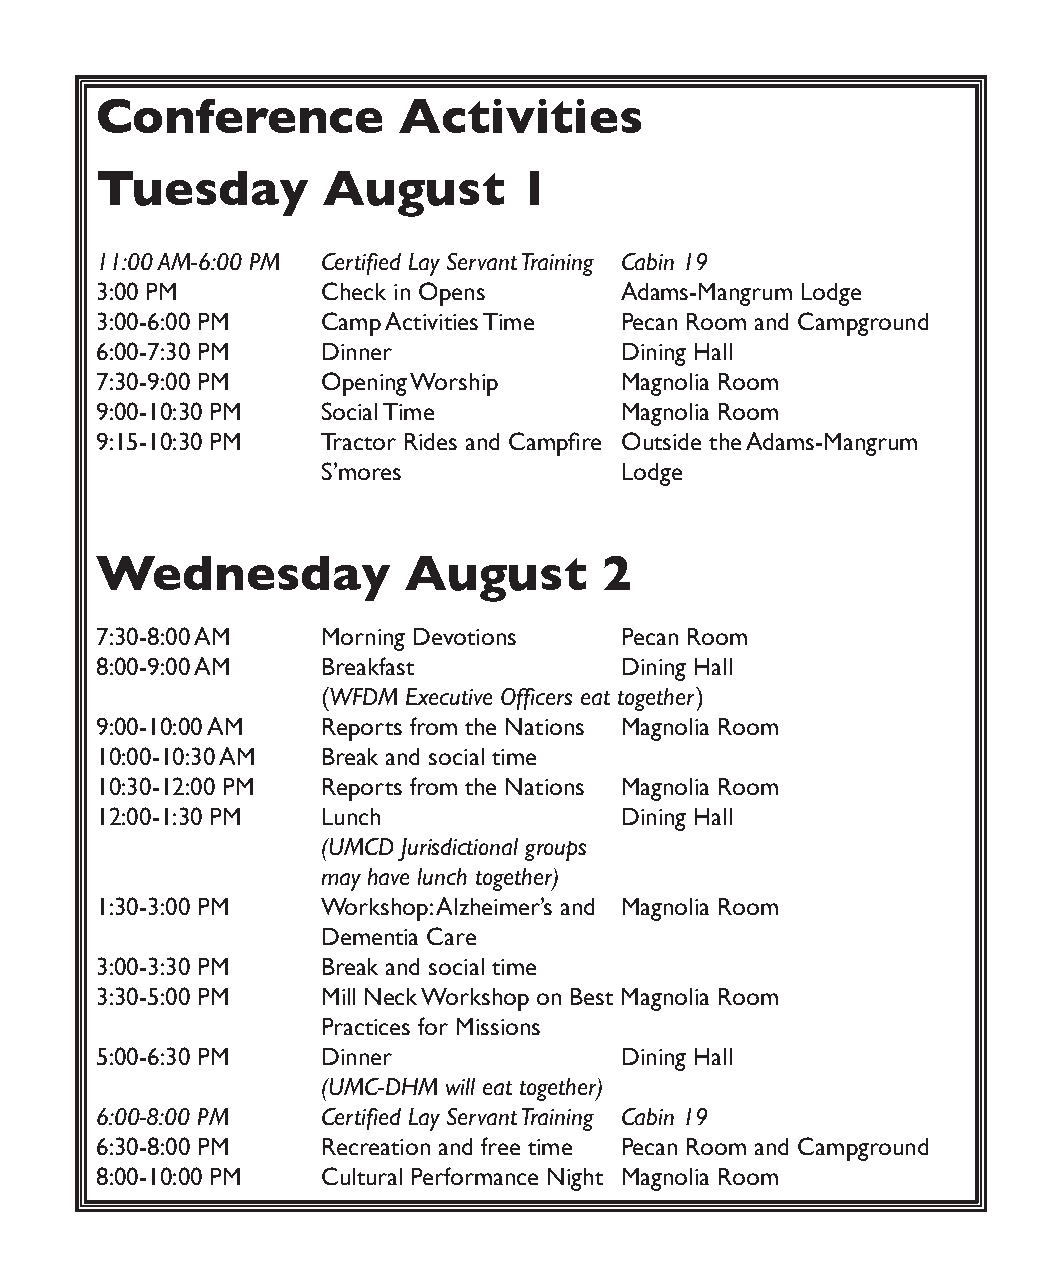
Conference          Activities
 Tuesday        August       1
 11:00 AM-6:00 PM Certified Lay Servant Training Cabin 19
 3:00 PM        Check in Opens      Adams-Mangrum Lodge
 3:00-6:00 PM   Camp Activities Time Pecan Room and Campground
 6:00-7:30 PM   Dinner              Dining Hall
 7:30-9:00 PM   Opening Worship     Magnolia Room
 9:00-10:30 PM  Social Time         Magnolia Room
 9:15-10:30 PM  Tractor Rides and Campfire Outside the Adams-Mangrum
 S’mores             Lodge
 Wednesday            August       2
 7:30-8:00 AM   Morning Devotions   Pecan Room
 8:00-9:00 AM   Breakfast           Dining Hall
 (WFDM Executive Officers eat together )
 9:00-10:00 AM  Reports from the Nations Magnolia Room
 10:00-10:30 AM Break and social time
 10:30-12:00 PM Reports from the Nations Magnolia Room
 12:00-1:30 PM  Lunch               Dining Hall
 (UMCD Jurisdictional groups
 may have lunch together)
 1:30-3:00 PM   Workshop: Alzheimer’s and Magnolia Room
 Dementia Care
 3:00-3:30 PM   Break and social time
 3:30-5:00 PM   Mill Neck Workshop on Best Magnolia Room
 Practices for Missions
 5:00-6:30 PM   Dinner              Dining Hall
 (UMC-DHM will eat together)
 6:00-8:00 PM   Certified Lay Servant Training Cabin 19
 6:30-8:00 PM   Recreation and free time Pecan Room and Campground
 8:00-10:00 PM  Cultural Performance Night Magnolia Room